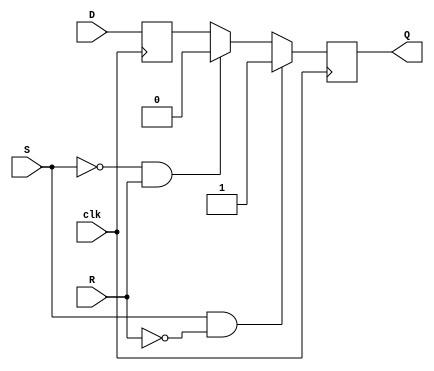
module sr_ff(input D, input clk, input S, input R, output reg Q);

reg Q_m, Q_s;

always @(posedge clk) begin
    Q_m <= D;
end

assign Q_s = Q_m;

always @(posedge clk) begin
    if (S & !R) begin
        Q <= 1'b1;
    end else if (!S & R) begin
        Q <= 1'b0;
    end else begin
        Q <= Q_s;
    end
end

endmodule